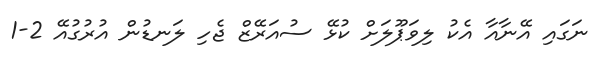
ނަގައި އޭނާއާ އެކު ލިވަޕޫލަށް ކުޅޭ ސުއަރޭޒް ޖެހި ލަނޑުން އުރުގުއޭ 2-1